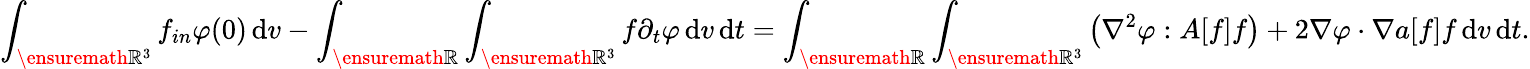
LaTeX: \int_{\ensuremath{{\mathbb R}}^{3}}f_{in}\varphi(0)\, \mathrm{d}v-\int_{\ensuremath{{\mathbb R}}}\int_{\ensuremath{{\mathbb R}}^{3}}f\partial_{t}\varphi\, \mathrm{d}v\, \mathrm{d}t=\int_{\ensuremath{{\mathbb R}}}\int_{\ensuremath{{\mathbb R}}^{3}}\left(\nabla^{2}\varphi:A[f]f\right)+2\nabla\varphi\cdot\nabla a[f]f\, \mathrm{d}v\, \mathrm{d}t.